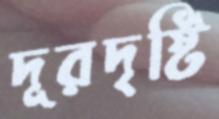
দূরদৃষ্টি